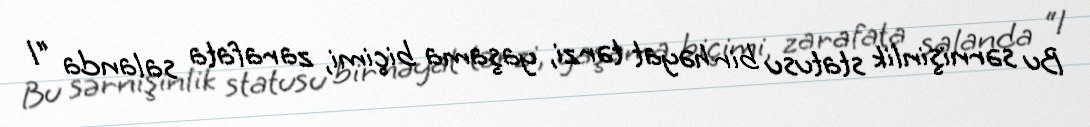
Bu sərnişinlik statusu bir həyat tərzi, yaşama biçimi, zarafata salanda “1